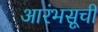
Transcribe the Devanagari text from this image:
आरंभसूची